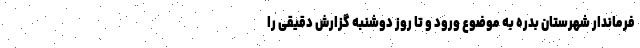
فرماندار شهرستان بدره به موضوع ورود و تا روز دوشنبه گزارش دقیقی را